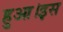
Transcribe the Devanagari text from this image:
हुआ।इस